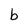
Character: b